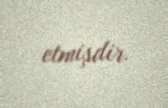
etmişdir.